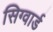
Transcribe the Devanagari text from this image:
सिग्वार्ड